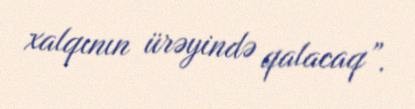
xalqının ürəyində qalacaq”.